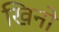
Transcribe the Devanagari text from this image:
खिनो